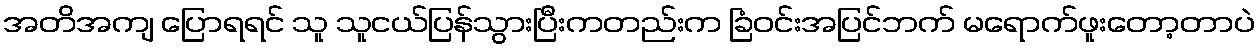
အတိအကျ ပြောရရင် သူ သူငယ်ပြန်သွားပြီးကတည်းက ခြံဝင်းအပြင်ဘက် မရောက်ဖူးတော့တာပဲ